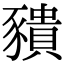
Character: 𧲆